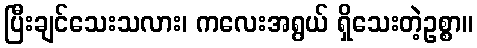
ပြီးချင်သေးသလား၊ ကလေးအရွယ် ရှိသေးတဲ့ဥစ္စာ။